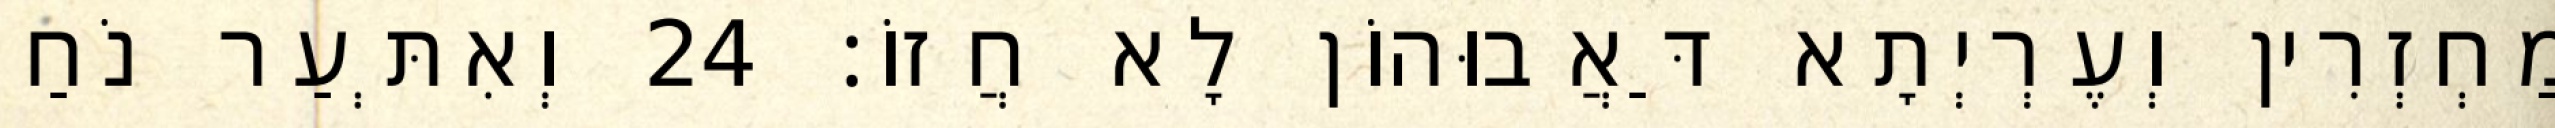
מַחְזְרִין וְעֶרְיְתָא דַּאֲבוּהוֹן לָא חֲזוֹ׃ 24 וְאִתְּעַר נֹחַ